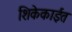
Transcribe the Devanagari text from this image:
शिकेकाईत